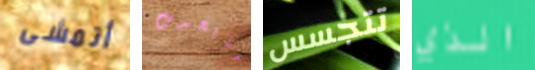
أتمشى مايحدث تتجسس الذي